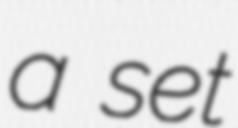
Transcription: a set